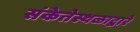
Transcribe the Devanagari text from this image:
संकेतेस्थळाद्वारे